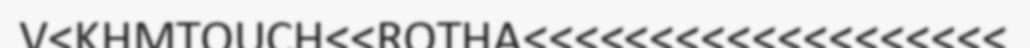
V<KHMTOUCH<<ROTHA<<<<<<<<<<<<<<<<<<<